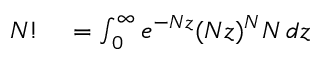
\begin{array} { r l } { N ! } & { { } = \int _ { 0 } ^ { \infty } e ^ { - N z } ( N z ) ^ { N } N \, d z } \end{array}